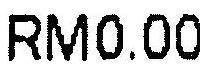
RM0.00